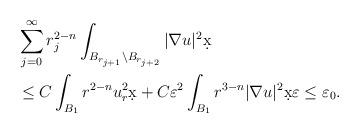
LaTeX: \begin{align*}&\sum_{j = 0}^{\infty} r_{j}^{2-n}\int_{B_{r_{j+1}}\setminus B_{r_{j+2}}} |\nabla u|^2 \d x \\& \leq C \int_{B_{1}} r^{2-n} u_r^2 \d x + C \varepsilon^2 \int_{B_{1}} r^{3-n}|\nabla u|^2 \d x \varepsilon \leq \varepsilon_0.\end{align*}